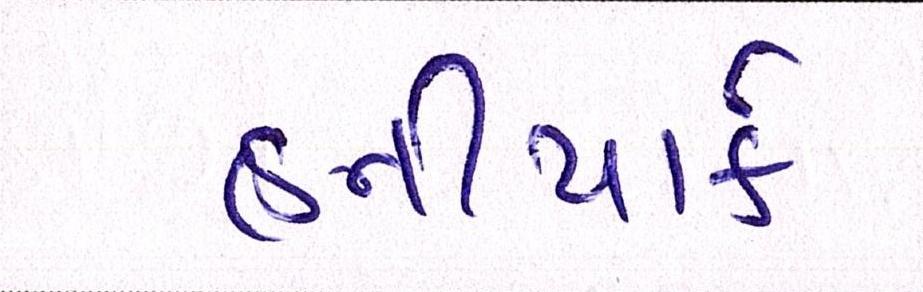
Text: હનીપાર્ક